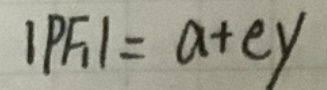
$\vert PF\vert = a + ey$